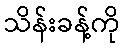
သိန်းခန့်ကို